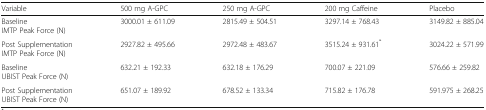
| Variable | 500 mg A-GPC | 250 mg A-GPC | 200 mg Caffeine | Placebo |
 | --- | --- | --- | --- | --- |
 | BaselineIMTP Peak Force (N) | 3000.01 ± 611.09 | 2815.49 ± 504.51 | 3297.14 ± 768.43 | 3149.82 ± 885.04 |
 | Post SupplementationIMTP Peak Force (N) | 2927.82 ± 495.66 | 2972.48 ± 483.67 | 3515.24 ± 931.61* | 3024.22 ± 571.99 |
 | BaselineUBIST Peak Force (N) | 632.21 ± 192.33 | 632.18 ± 176.29 | 700.07 ± 221.09 | 576.66 ± 259.82 |
 | Post SupplementationUBIST Peak Force (N) | 651.07 ± 189.92 | 678.52 ± 133.34 | 715.82 ± 176.78 | 591.975 ± 268.25 |